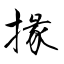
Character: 掾